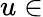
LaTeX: u\in